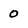
Character: 0